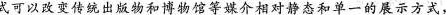
式可以改变传统出版物和博物馆等媒介相对静态和单一的展示方式，